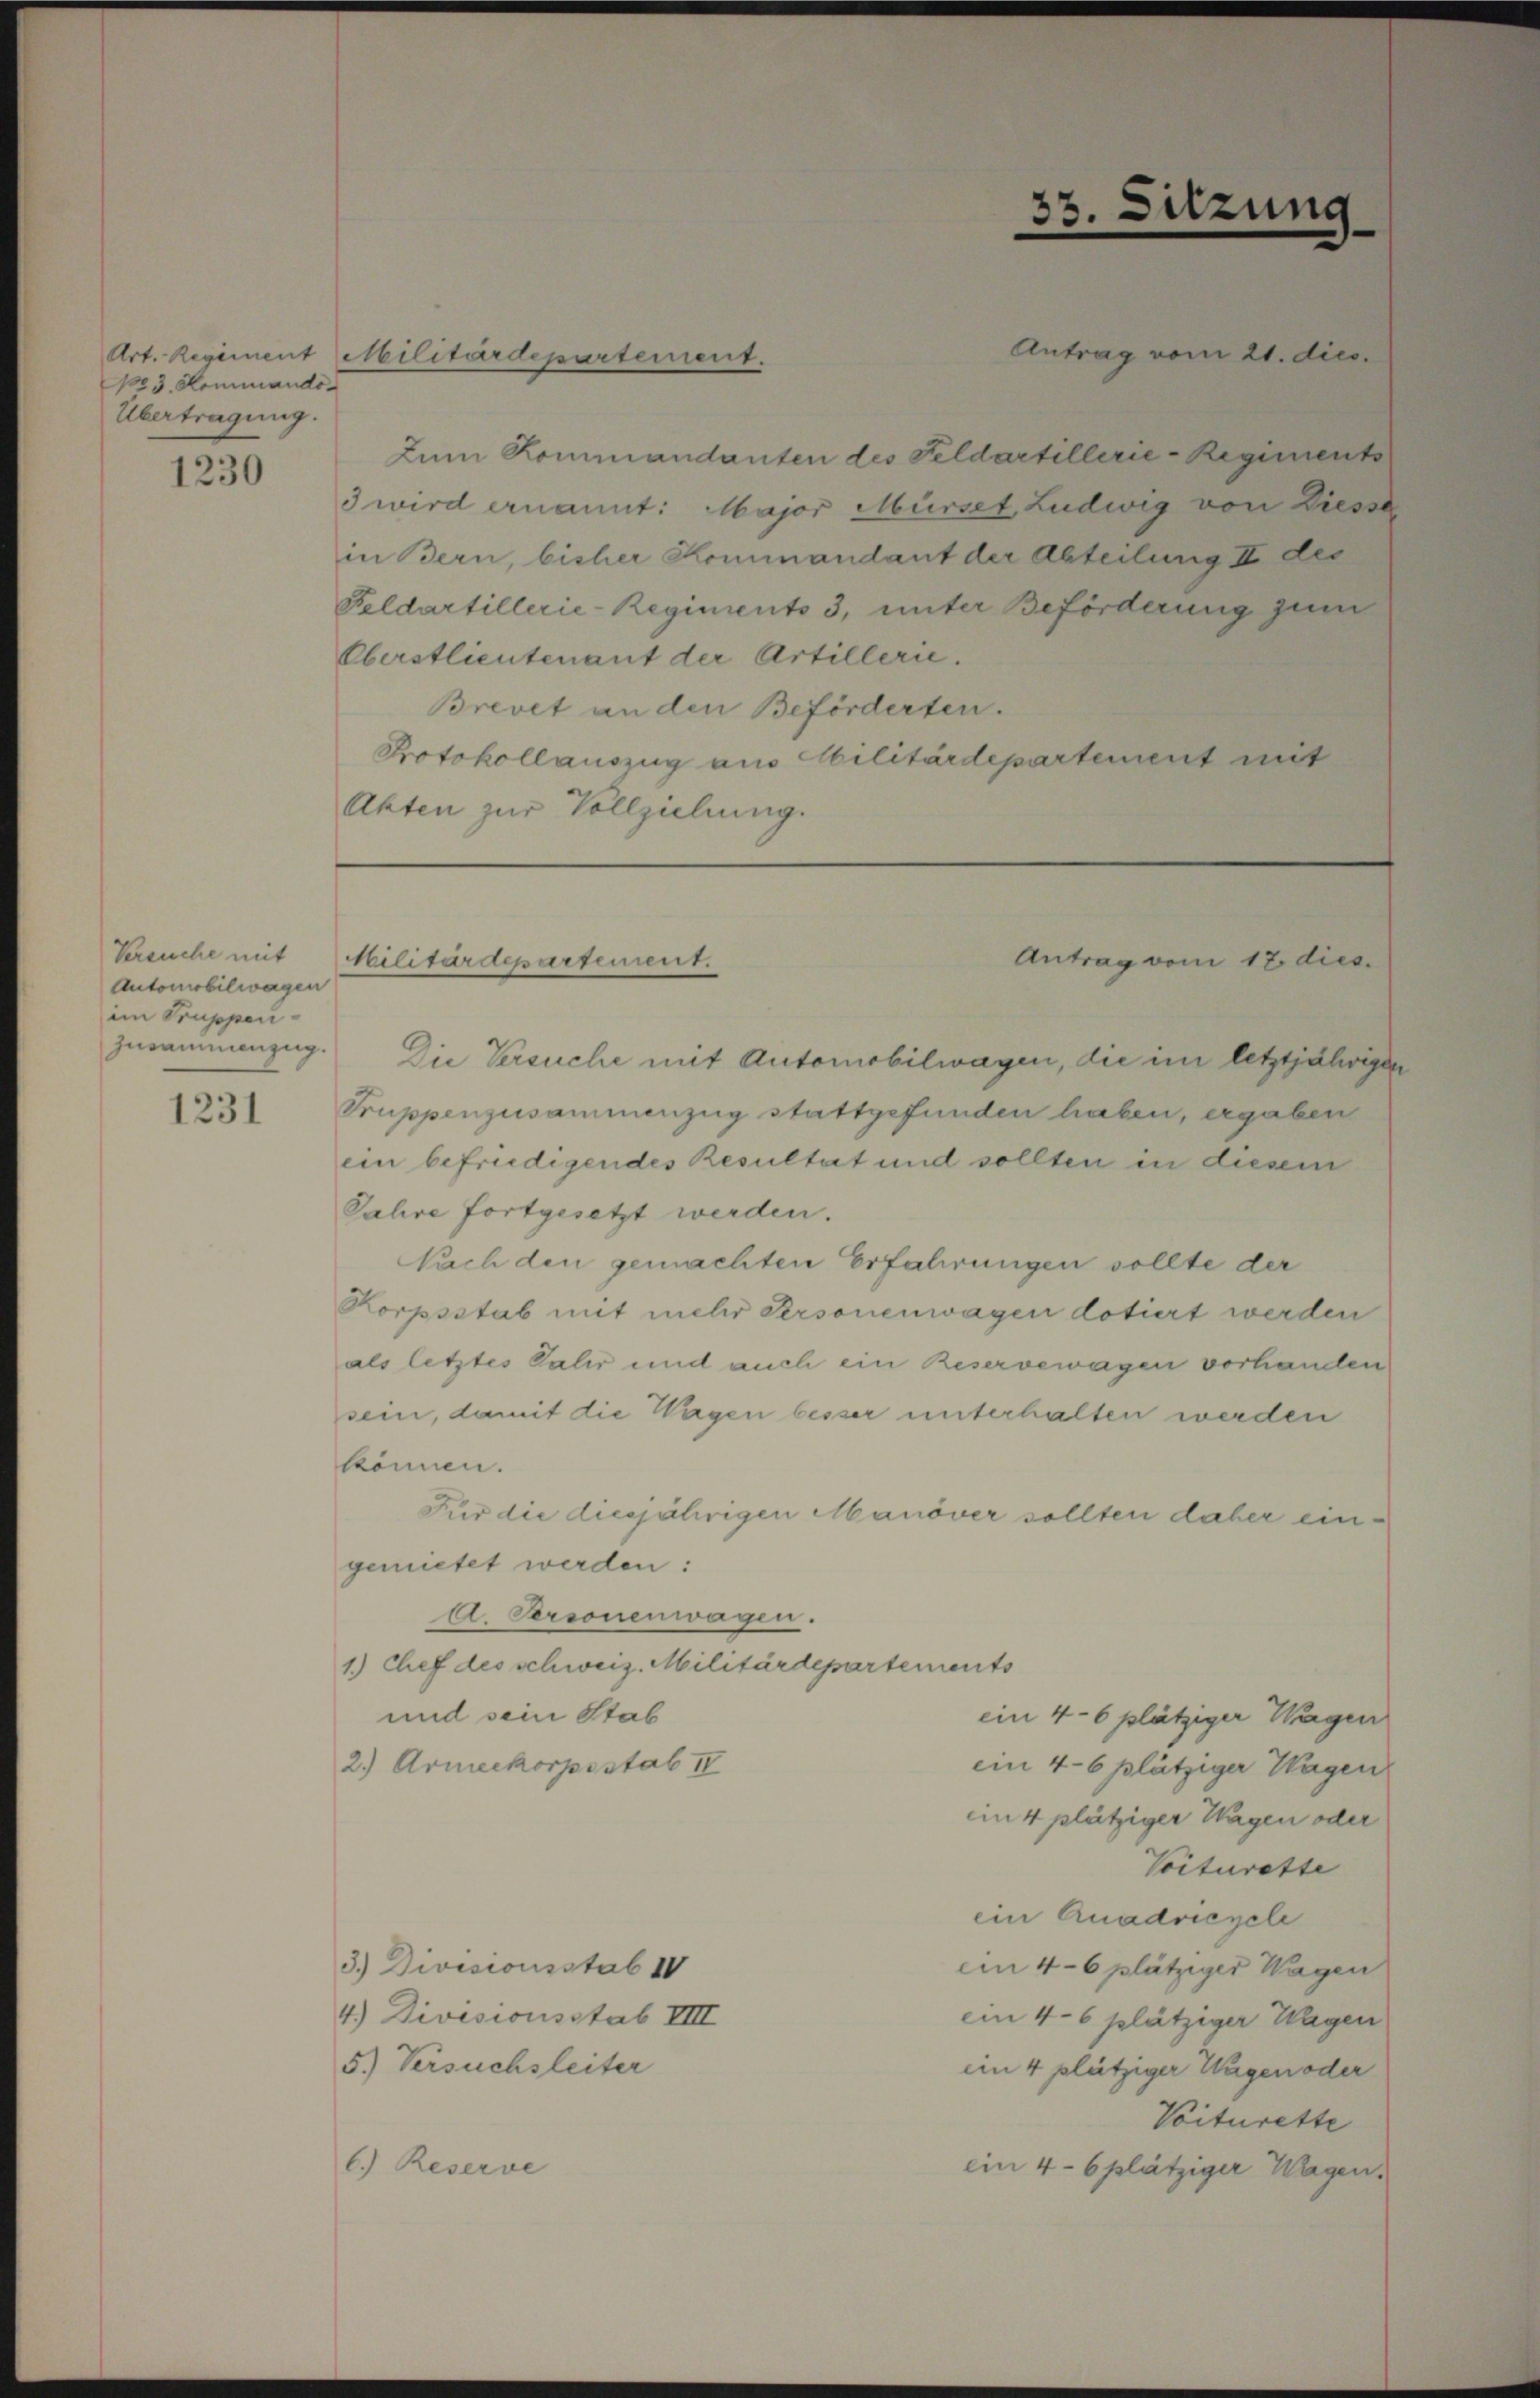
No 3. Kommando
Übertragung.

1230

Versuche mit
Automobilwagen
im Truppen¬
Zusammenzug.

1231

Antrag vom 21. dies
Zum Rommandanten des Feldartillerie-Regiments
3 wird ernannt: Major Mürset, Ludwig von Diesse
in Bern, bisher Kommandant der Abteilung II des
Feldartillerie-Regiments 3, unter Beförderung zum
Oberstlieutenant der Artillerie.
Brevet an den Beförderten.
Protokollauszug aus Abilitärdepartement mit
Akten zur Vollziehung.

Art. Regiment Militärdepartement.

Militärdepartement.

Die Versuche mit Automobilwagen, die im letztjährigen
Truppenzusammenzug stattgefunden haben, ergaben
ein befriedigendes Resultat und sollten in diesem
Jahre fortgesetzt werden.
Nach den gemachten Erfahrungen sollte der
Korpsstab mit mehr Personenwagen dotiert werden
als letztes Jahr und auch ein Reserverwagen vorhanden
sein, damit die Wagen besser unterhalten werden
können.
Für die diesjährigen Manöver sollten daher eingemietet werden:
A. Personenwagen.
1.) Chef des schweiz. Militärdepartements
und sein Stab
ein 4-6 plätziger Wagen
2.) Armeekorpsstab IV
ein 4-6 plätziger Wagen
ein 4 plätziger Wagen oder
Voiturette
ein Quadriezele
3.) Divisionsstab IV
emn 4-6 plätziger Wagen
4.) Divisionsstab VIII
ein 4-6 plätziger Wagen
5.) Versuchsleiter
iin 4 plätziger Wagen oder
Voiturette
6.) Reserve
ein 4 - 6 plätziger Wagen.

33. Sitzung

Antrag vom 12. dies